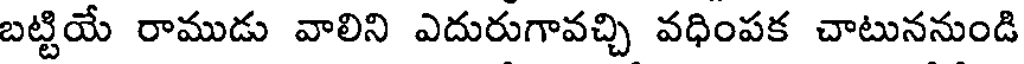
బట్టియే రాముడు వాలిని ఎదురుగావచ్చి వధింపక చాటుననుండి